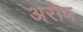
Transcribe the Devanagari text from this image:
अरोप